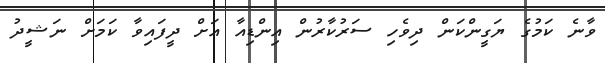
ވާނެ ކަމުގެ ޔަގީންކަން ދިވެހި ސަރުކާރުން އިންޑިއާ އަށް ދީފައިވާ ކަމަށް ނަޝީދު